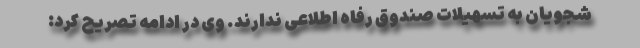
شجویان به تسهیلات صندوق رفاه اطلاعی ندارند. وی در ادامه تصریح کرد: